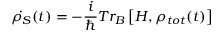
\dot { \rho _ { S } } ( t ) = - \frac { i } { \hbar } T { { r } _ { B } } \left[ H , { { \rho } _ { t o t } } ( t ) \right]